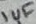
Text: 1uF